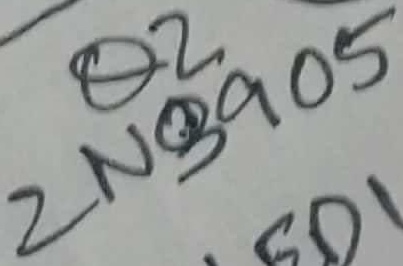
Text: 2N3905